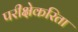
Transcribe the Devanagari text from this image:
परीक्षेकरिता